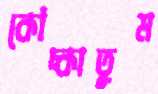
কোঁচ্‌কাতুম